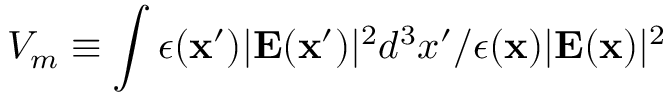
V _ { m } \equiv \int \epsilon ( { \bf x } ^ { \prime } ) | \mathbf { E } ( { \bf x } ^ { \prime } ) | ^ { 2 } d ^ { 3 } x ^ { \prime } / \epsilon ( { \bf x } ) | \mathbf { E } ( { \bf x } ) | ^ { 2 }